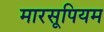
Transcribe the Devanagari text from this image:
मारसूपियम